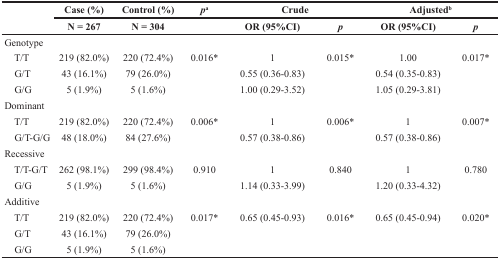
<table><thead><tr><td rowspan="2"></td><td><b>Case (%)</b></td><td><b>Control (%)</b></td><td><b><i>p</i><sup>a</sup></b></td><td colspan="2"><b>Crude</b></td><td colspan="2"><b>Adjusted<sup>b</sup></b></td></tr><tr><td><b>N = 267</b></td><td><b>N = 304</b></td><td></td><td><b>OR (95%CI)</b></td><td><b><i>p</i></b></td><td><b>OR (95%CI)</b></td><td><b><i>p</i></b></td></tr></thead><tbody><tr><td>Genotype</td><td></td><td></td><td></td><td></td><td></td><td></td><td></td></tr><tr><td> T/T</td><td>219 (82.0%)</td><td>220 (72.4%)</td><td>0.016*</td><td>1</td><td>0.015*</td><td>1.00</td><td>0.017*</td></tr><tr><td> G/T</td><td>43 (16.1%)</td><td>79 (26.0%)</td><td></td><td>0.55 (0.36-0.83)</td><td></td><td>0.54 (0.35-0.83)</td><td></td></tr><tr><td> G/G</td><td>5 (1.9%)</td><td>5 (1.6%)</td><td></td><td>1.00 (0.29-3.52)</td><td></td><td>1.05 (0.29-3.81)</td><td></td></tr><tr><td>Dominant</td><td></td><td></td><td></td><td></td><td></td><td></td><td></td></tr><tr><td> T/T</td><td>219 (82.0%)</td><td>220 (72.4%)</td><td>0.006*</td><td>1</td><td>0.006*</td><td>1</td><td>0.007*</td></tr><tr><td> G/T-G/G</td><td>48 (18.0%)</td><td>84 (27.6%)</td><td></td><td>0.57 (0.38-0.86)</td><td></td><td>0.57 (0.38-0.86)</td><td></td></tr><tr><td>Recessive</td><td></td><td></td><td></td><td></td><td></td><td></td><td></td></tr><tr><td> T/T-G/T</td><td>262 (98.1%)</td><td>299 (98.4%)</td><td>0.910</td><td>1</td><td>0.840</td><td>1</td><td>0.780</td></tr><tr><td> G/G</td><td>5 (1.9%)</td><td>5 (1.6%)</td><td></td><td>1.14 (0.33-3.99)</td><td></td><td>1.20 (0.33-4.32)</td><td></td></tr><tr><td>Additive</td><td></td><td></td><td></td><td></td><td></td><td></td><td></td></tr><tr><td> T/T</td><td>219 (82.0%)</td><td>220 (72.4%)</td><td>0.017*</td><td>0.65 (0.45-0.93)</td><td>0.016*</td><td>0.65 (0.45-0.94)</td><td>0.020*</td></tr><tr><td> G/T</td><td>43 (16.1%)</td><td>79 (26.0%)</td><td></td><td></td><td></td><td></td><td></td></tr><tr><td> G/G</td><td>5 (1.9%)</td><td>5 (1.6%)</td><td></td><td></td><td></td><td></td><td></td></tr></tbody></table>